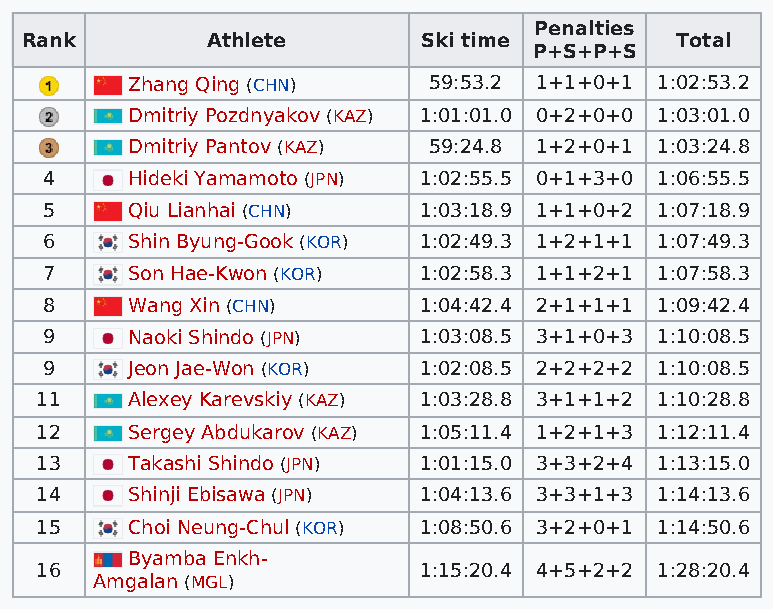
Penalties
 Rank         Athlete       Ski time         Total
 P+S+P+S
 Zhang Qing (CHN)    59:53.2 1+1+0+1 1:02:53.2
 Dmitriy Pozdnyakov (KAZ) 1:01:01.0 0+2+0+0 1:03:01.0
 Dmitriy Pantov (KAZ) 59:24.8 1+2+0+1 1:03:24.8
 4    Hideki Yamamoto (JPN) 1:02:55.5 0+1+3+0 1:06:55.5
 5    Qiu Lianhai (CHN)   1:03:18.9 1+1+0+2 1:07:18.9
 6    Shin Byung-Gook (KOR) 1:02:49.3 1+2+1+1 1:07:49.3
 7    Son Hae-Kwon (KOR)  1:02:58.3 1+1+2+1 1:07:58.3
 8    Wang Xin (CHN)      1:04:42.4 2+1+1+1 1:09:42.4
 9    Naoki Shindo (JPN)  1:03:08.5 3+1+0+3 1:10:08.5
 9    Jeon Jae-Won (KOR)  1:02:08.5 2+2+2+2 1:10:08.5
 11    Alexey Karevskiy (KAZ) 1:03:28.8 3+1+1+2 1:10:28.8
 12    Sergey Abdukarov (KAZ) 1:05:11.4 1+2+1+3 1:12:11.4
 13    Takashi Shindo (JPN) 1:01:15.0 3+3+2+4 1:13:15.0
 14    Shinji Ebisawa (JPN) 1:04:13.6 3+3+1+3 1:14:13.6
 15    Choi Neung-Chul (KOR) 1:08:50.6 3+2+0+1 1:14:50.6
 Byamba Enkh-
 16                        1:15:20.4 4+5+2+2 1:28:20.4
 Amgalan (MGL)